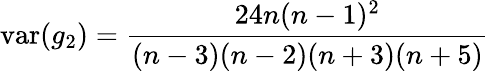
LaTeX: \operatorname{var}(g_{2})={\frac{24n(n-1)^{2}}{(n-3)(n-2)(n+3)(n+5)}}